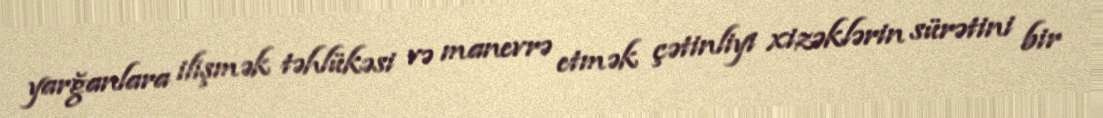
yarğanlara ilişmək təhlükəsi və manevrə etmək çətinliyi xizəklərin sürətini bir